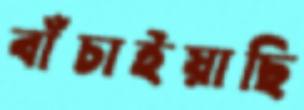
বাঁচাইয়াছি